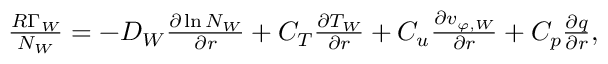
\begin{array} { r } { \frac { R \Gamma _ { W } } { N _ { W } } = - D _ { W } \frac { \partial \ln { N _ { W } } } { \partial r } + C _ { T } \frac { \partial T _ { W } } { \partial r } + C _ { u } \frac { \partial v _ { \varphi , W } } { \partial r } + C _ { p } \frac { \partial q } { \partial r } , } \end{array}